Punjab Mental Hospital Lahore 1932-46 - 1932-1946
Year: 1932
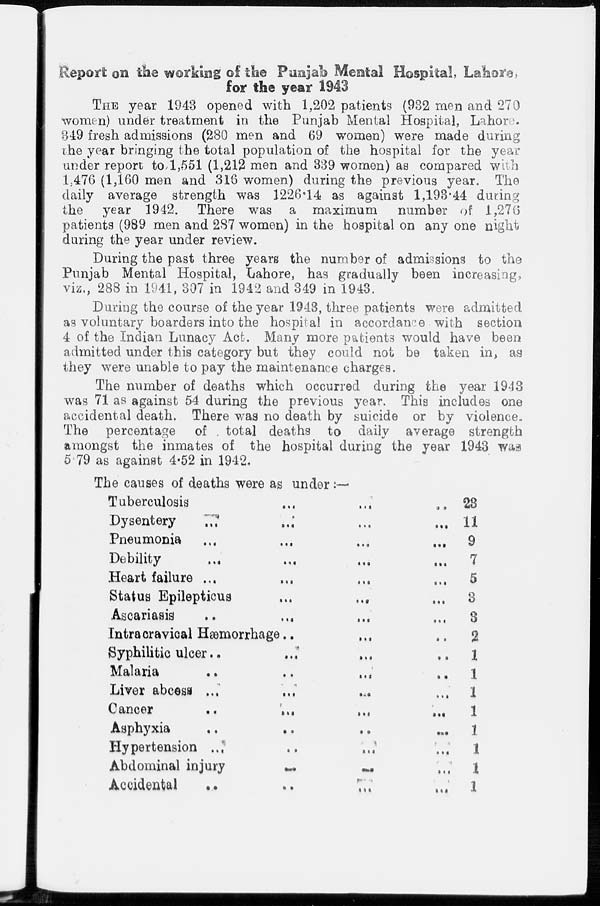
Report on the working of the Punjab Mental Hospital, Lahore,
for the year 1943
THE year 1943 opened with 1,202 patients (932 men and 270
women) under treatment in the Punjab Mental Hospital, Lahore.
349 fresh admissions (280 men and 69 women) were made during
the year bringing the total population of the hospital for the year
under report to, 1,551 (1,212 men and 339 women) as compared with
1, ; 476 (1,160 men and 316 women) during the previous year. The
daily average strength was 1226.14 as against 1,193.44 during
the year 1942. There was a maximum
number of 1,276
patients (989 men and 287 women) in the hospital on any one night
during the year under review.
During the past three years the number of admissions to the
Punjab Mental Hospital, Lahore, has gradually been increasing,
viz., 288 in 1941, 307 in 1942 and 349 in 1943.
During the course of the year 1943, three patients were admitted
as voluntary boarders into the hospital in accordance with section
4 of the Indian Lunacy Act. Many more patients would have been
admitted under this category but they could not be taken in, as
they were unable to pay the maintenance charges.
The number of deaths which occurred during the year 1943
was 71 as against 54 during the previous year. This includes one
accidental death. There was no death by suicide or by violence
The percentage of total deaths to daily average strength
amongst the inmates of the hospital during the year 1943 was
5 79 as against 4.52 in 1942.
The causes of deaths were as under:—
Tuberculosis ... ... ...
Dysentery ... ... ...
Pneumonia ... ... ...
Debility ... ... ...
Heart failure ... ... ...
Status Epilepticus
...
...
Ascariasis
Intracravical Hæmorrhage ... ...
Syphilitic ulcer ... ... ...
Malaria ... ... ...
Liver abcess ... ... ...
Cancer
...
...
...
Asphyxia
...
...
...
Hypertension ... ... ...
Abdominal injury ... ...
Accidental ... ... ...
23
11
9
7
5
3
3
2
1
1
1
1
1
1
1
1